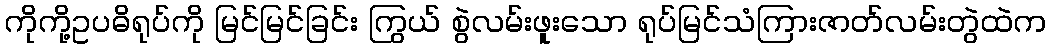
ကိုကို့ဥပဓိရုပ်ကို မြင်မြင်ခြင်း ကြွယ် စွဲလမ်းဖူးသော ရုပ်မြင်သံကြားဇာတ်လမ်းတွဲထဲက